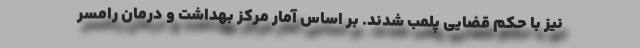
نیز با حکم قضایی پلمب شدند. بر اساس آمار مرکز بهداشت و درمان رامسر